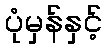
ပုံမှန်နှင့်